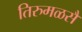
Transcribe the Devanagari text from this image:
तिरुमळसै